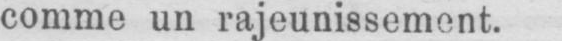
comme un rajeunissement.